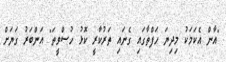
"އާން އެކަމަކު މިދިޔަ ހަފްތާގައި ގެނައި ތަރުކާރީ ކޮޅު ހުސްވީތަ" އަންބަރު ގަޔަށް